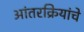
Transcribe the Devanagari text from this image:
आंतरक्रियांचे